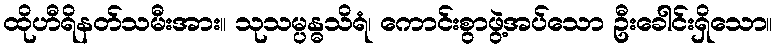
ထိုဟီရိနတ်သမီးအား။ သုသမ္ပန္ဓသိရံ၊ ကောင်းစွာဖွဲ့အပ်သော ဦးခေါင်းရှိသော။